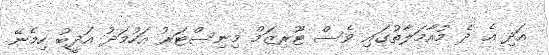
އަދި އެ ދެ މުއާމަލާތުގައި ވެސް ޓޫރިޒަމް މިނިސްޓަރު އަހުމަދު އަދީބު ހިމެނޭ